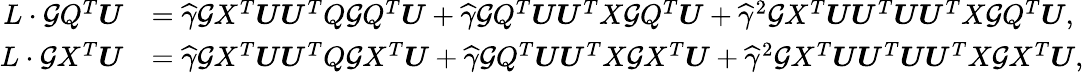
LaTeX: \begin{array}{rl}{L\cdot{\mathcal G}Q^{T}{\boldsymbol U}}&{=\widehat\gamma{\mathcal G}X^{T}{\boldsymbol U}{\boldsymbol U}^{T}Q{\mathcal G}Q^{T}{\boldsymbol U}+\widehat\gamma{\mathcal G}Q^{T}{\boldsymbol U}{\boldsymbol U}^{T}X{\mathcal G}Q^{T}{\boldsymbol U}+\widehat\gamma^{2}{\mathcal G}X^{T}{\boldsymbol U}{\boldsymbol U}^{T}{\boldsymbol U}{\boldsymbol U}^{T}X{\mathcal G}Q^{T}{\boldsymbol U},}\\ {L\cdot{\mathcal G}X^{T}{\boldsymbol U}}&{=\widehat\gamma{\mathcal G}X^{T}{\boldsymbol U}{\boldsymbol U}^{T}Q{\mathcal G}X^{T}{\boldsymbol U}+\widehat\gamma{\mathcal G}Q^{T}{\boldsymbol U}{\boldsymbol U}^{T}X{\mathcal G}X^{T}{\boldsymbol U}+\widehat\gamma^{2}{\mathcal G}X^{T}{\boldsymbol U}{\boldsymbol U}^{T}{\boldsymbol U}{\boldsymbol U}^{T}X{\mathcal G}X^{T}{\boldsymbol U},}\end{array}